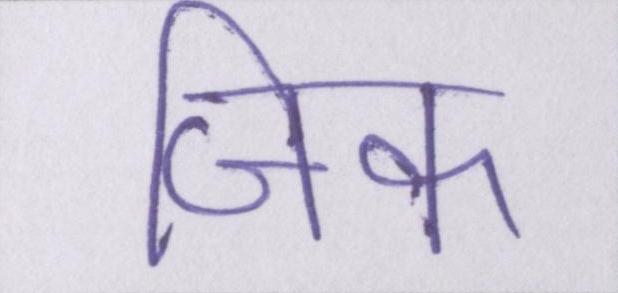
जिक्र